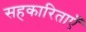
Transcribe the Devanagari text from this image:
सहकारिताएँ